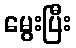
မွေးပြီး